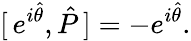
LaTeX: [\, e^{i\hat{\theta}},\hat{P}\, ]=-e^{i\hat{\theta}}.